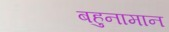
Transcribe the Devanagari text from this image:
बहुनामान